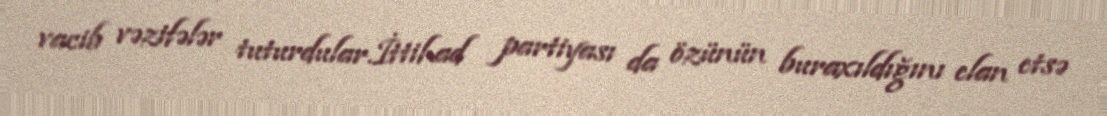
vacib vəzifələr tuturdular.İttihad partiyası da özünün buraxıldığını elan etsə